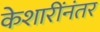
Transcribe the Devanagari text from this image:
केशारींनंतर